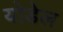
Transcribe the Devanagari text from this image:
योडेल